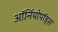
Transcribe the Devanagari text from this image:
ऑर्निथोपॉड्स